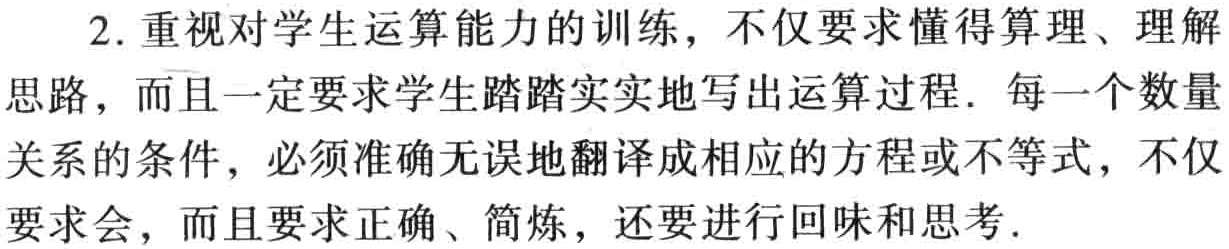
2. 重视对学生运算能力的训练，不仅要求懂得算理、理解

思路，而且一定要求学生踏踏实实地写出运算过程. 每一个数量

关系的条件，必须准确无误地翻译成相应的方程或不等式，不仅

要求会，而且要求正确、简炼，还要进行回味和思考.